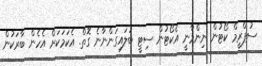
ސުޕްރީމް ކޯޓުން ނިންމާނީ އެކޯޓުން ސިޓީ ބަލައިގަންނާނެ ގޮތް. އެކަމަކަށް އެހެން ބާރަކުން